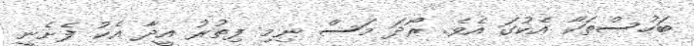
ބަހުސްތަކާ އެކުގަ އެވެ. ރޯދަ މަސް ނިމި ފިތުރު އީދާ އެކު ފެށެނީ